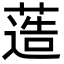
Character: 䔏